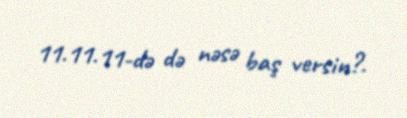
11.11.11-də də nəsə baş versin?.